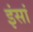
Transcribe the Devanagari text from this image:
इंसां